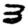
Digit: 3